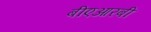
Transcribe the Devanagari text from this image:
बीएआरबी